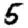
Digit: 5